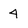
Character: 4